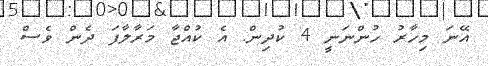
އޭނަ މިހާރު ހުންނަނީ 4 ކުދިން. އެ ކުއްޖާ މަރާލާފަ ދެން ވެސް